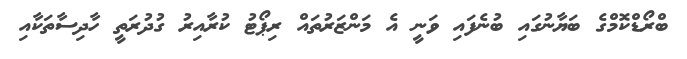
ބްރޯޑްކޮމްގެ ބަޔާނުގައި ބުނެފައި ވަނީ އެ މަންޒަރުތައް ރިޕޯޓު ކުރާއިރު ގުދުރަތީ ހާދިސާތަކާއި